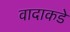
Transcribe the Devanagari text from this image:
वादाकडे